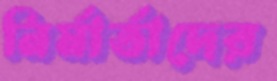
নির্মার্তাদের